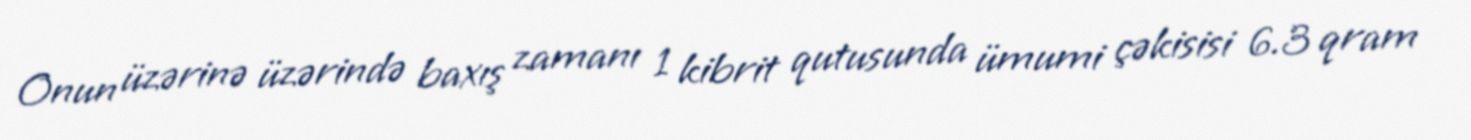
Onun üzərinə üzərində baxış zamanı 1 kibrit qutusunda ümumi çəkisisi 6.3 qram